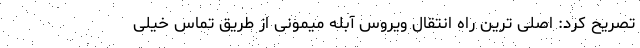
تصریح کرد: اصلی ترین راه انتقال ویروس آبله میمونی از طریق تماس خیلی